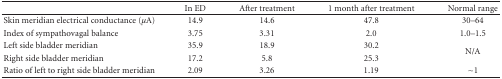
|  | In ED | After treatment | 1 month after treatment | Normal range |
 | --- | --- | --- | --- | --- |
 | Skin meridian electrical conductance (μA) | 14.9 | 14.6 | 47.8 | 30–64 |
 | Index of sympathovagal balance | 3.75 | 3.31 | 2.0 | 1.0–1.5 |
 | Left side bladder meridian | 35.9 | 18.9 | 30.2 | <ROWSPAN=2> N/A |
 | Right side bladder meridian | 17.2 | 5.8 | 25.3 |
 | Ratio of left to right side bladder meridian | 2.09 | 3.26 | 1.19 | ~1 |